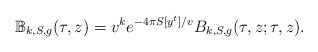
\begin{align*} \mathbb B_{k,S,g}(\tau,z)=v^{k}e^{-4\pi S[y^t]/v}B_{k,S,g}(\tau,z;\tau,z).\end{align*}